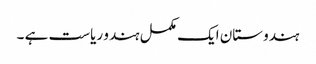
ہندوستان ایک مکمل ہندو ریاست ہے ۔